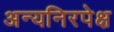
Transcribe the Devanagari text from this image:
अन्यनिरपेक्ष